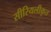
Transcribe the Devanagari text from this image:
सीरियलीकृत